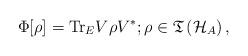
LaTeX: \begin{align*}\Phi [ \rho ]=\mathrm{Tr}_{E}V\rho V^{\ast };\rho \in \mathfrak{T}\left( \mathcal{H}_{A}\right) , \end{align*}